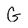
Character: G